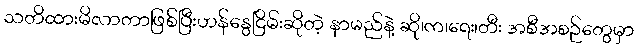
သတိထားမိလာတာဖြစ်ပြီးဟန်နွေငြိမ်းဆိုတဲ့ နာမည်နဲ့ ဆို၊က၊ရေး၊တီး အစီအစဉ်တွေမှာ